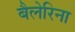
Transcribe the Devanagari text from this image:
बैलेरिना